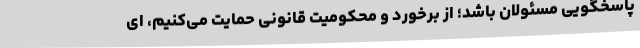
پاسخگویی مسئولان باشد؛ از برخورد و محکومیت قانونی حمایت می‌کنیم، ای